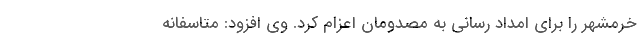
خرمشهر را برای امداد رسانی به مصدومان اعزام کرد. وی افزود: متاسفانه